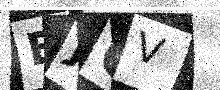
Text: EJQV